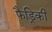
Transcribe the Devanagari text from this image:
फैड्रिकी